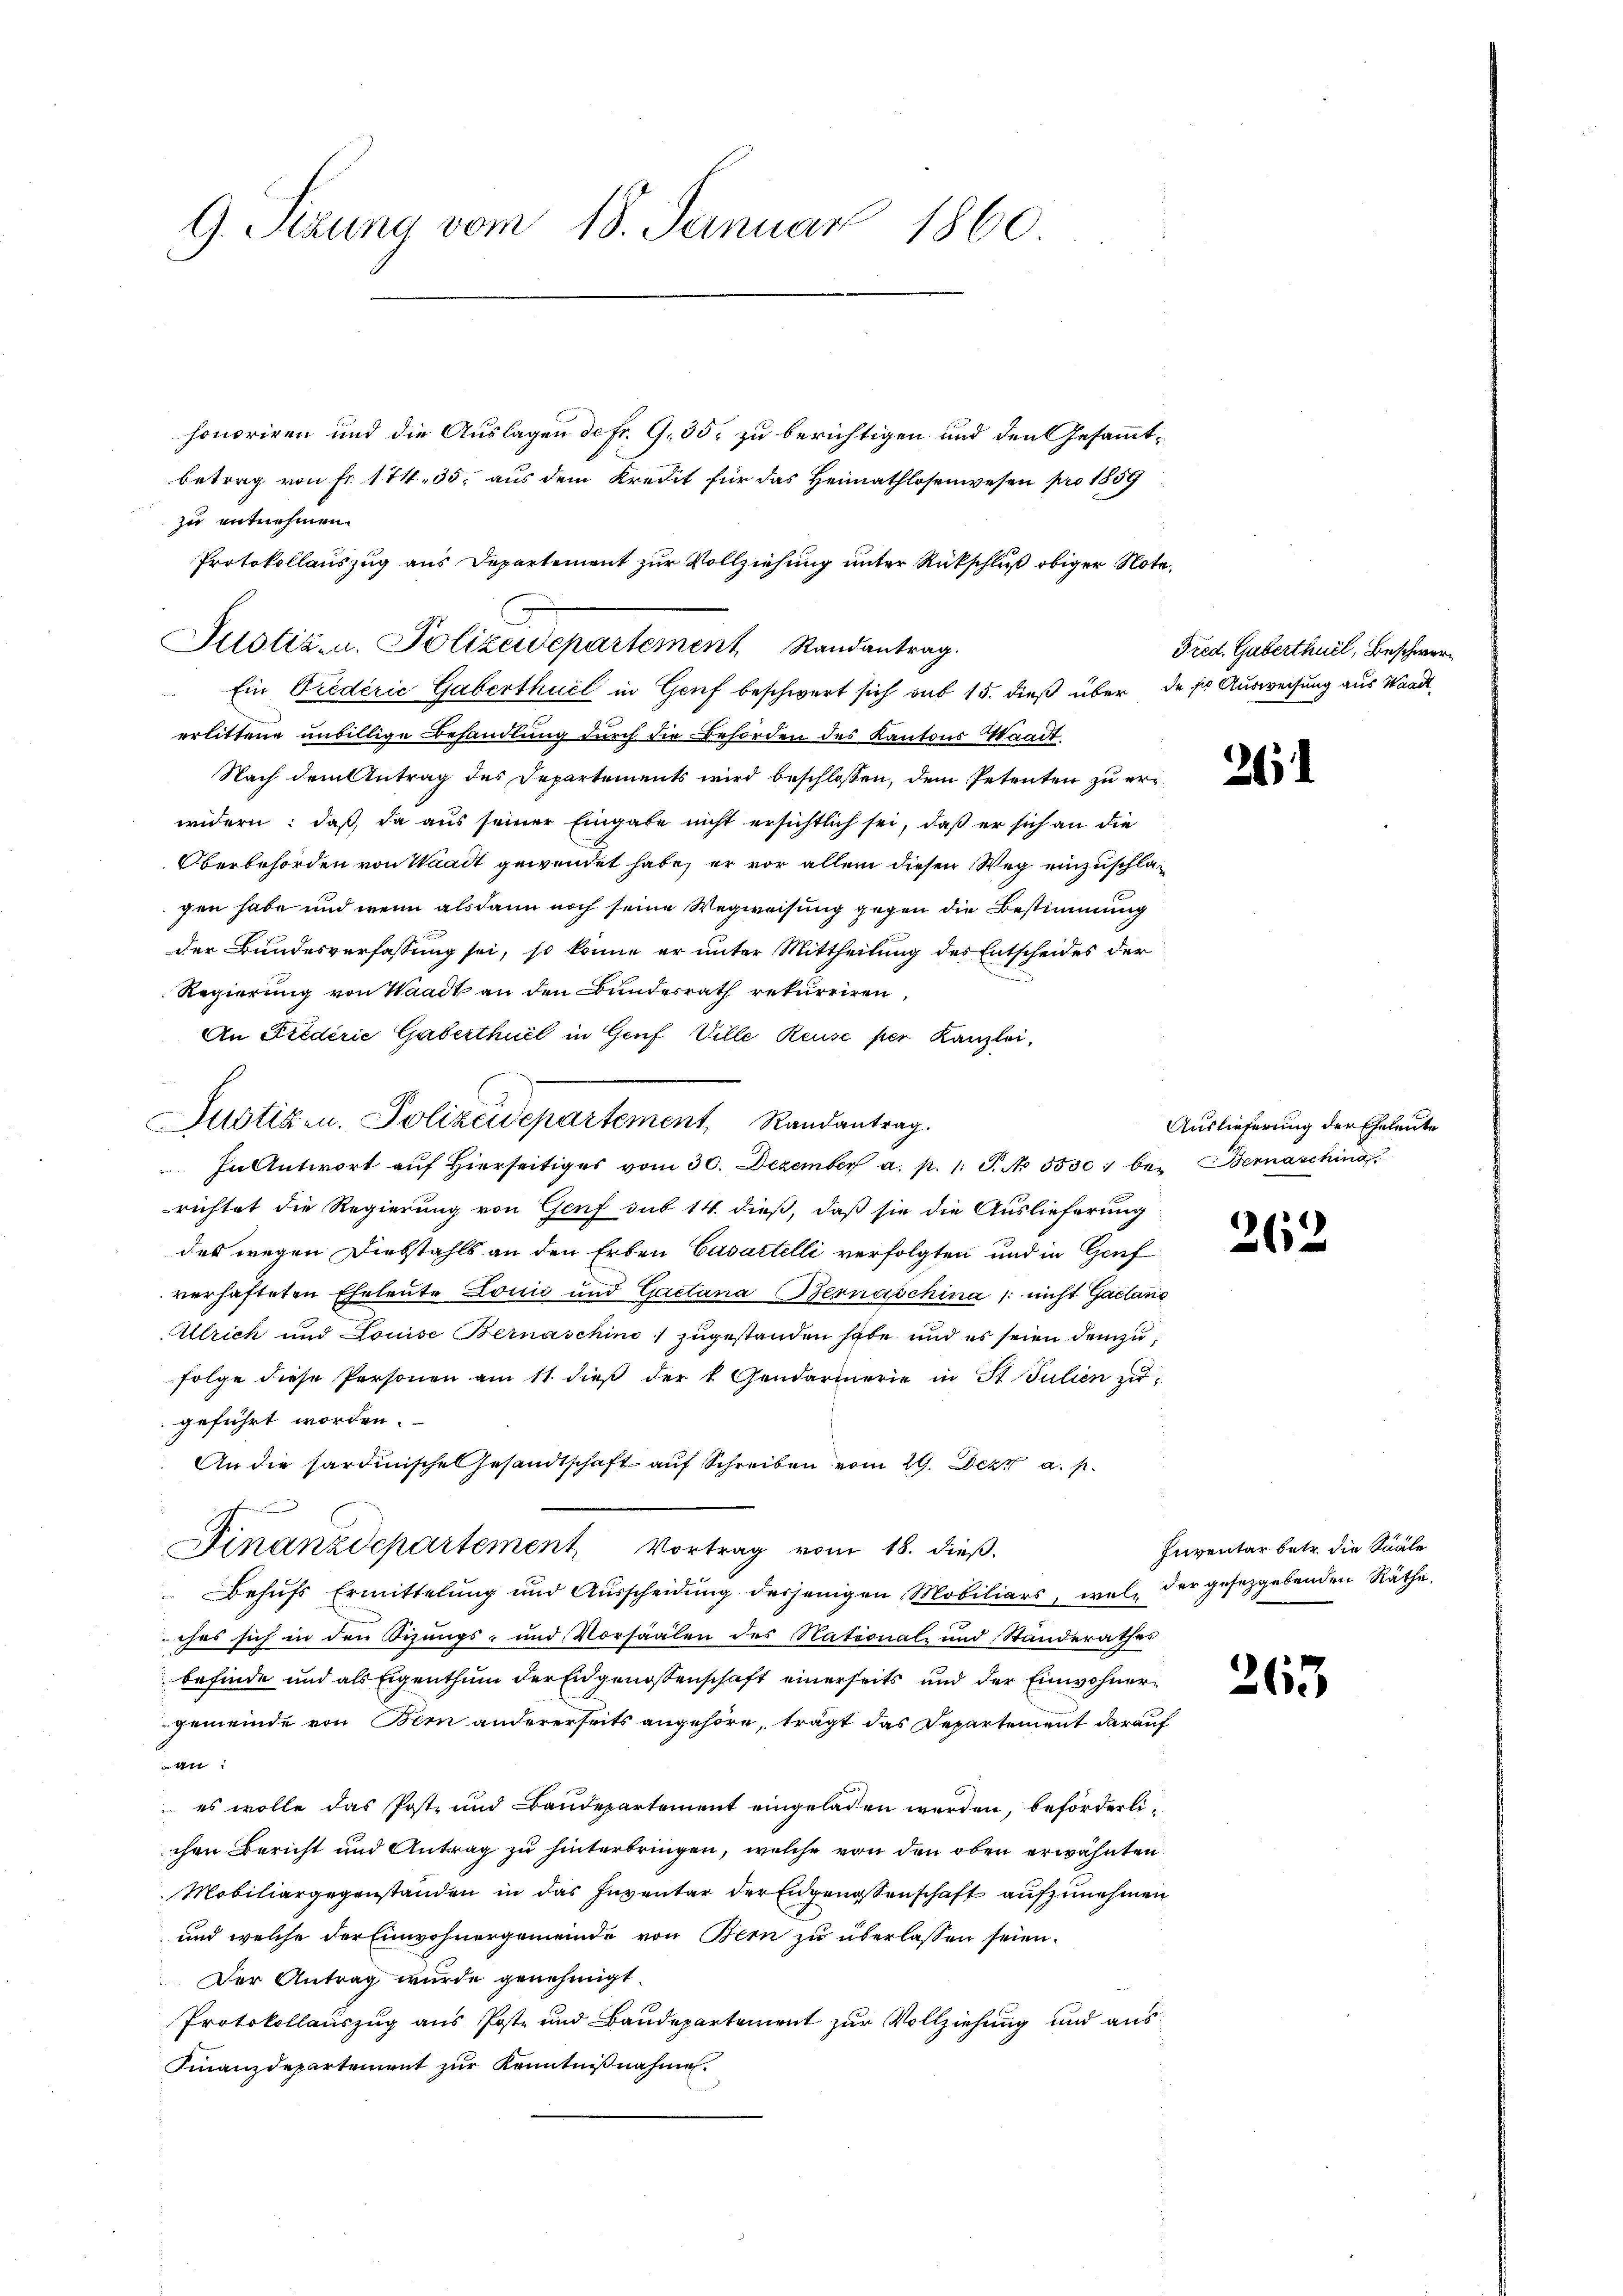
G. Sitzung vom 18. Januar 1860.

honoriren und die Auslagen de Fr. 9. 35. zu berichtigen und den Gesammtbetrag von Fr. 174, 35. aus dem Kredit für das Heimathlosenwesen pro 1859
Ein Piederić Gaberthuel in Genf beschwert sich sub 15. dieß über das Ausweisung aus Waadt
erlittene unbillige Behandlung durch die Behörden des Kantons Waadt
Nach dem Antrag des Departements wird beschlossen, dem Petenten zu erwidern: daß, da aus seiner Eingabe nicht ersichtlich sei, daß er sich an die
Oberbehörden von Waadt gewendet habe, er vor allem diesen Weg einzuschlagen habe und wenn alsdann noch seine Wegweisung gegen die Bestimmung
der Bundesverfassung sei, so könne er unter Mittheilung des Entscheides der
Regierung von Waadt an den Bundesrath rekurriren,
An Frederie Gaberthuel in Genf Ville Reuse per Kanzlei,
In Antwort auf hierseitiges vom 30. Dezember a. p. 1 S. No. 5530. bei Bernasching
richtet die Regierung von Genf sub 14. dieß, daß sie die Auslieferung
des wegen Diebstahls an den Erben Casartelli verfolgten und in Genf
verhafteten Eheleute Louis und Gaetana Bernaschina /: nicht Gaetano
Ulrich und Louise Bernaschino, zugestanden habe und es seien dem zufolge diese Personen am 11. dieβ der 4 Gendarmerie in St. Julien zi
geführt worden.
An die Sardinische Gesandtschaft aŭf Schreiben vom 29. Dez. a. p.
Finanzdepartement Vortrag vom 18. dieß.
Behŭfs Ermittelung und Aŭsscheidŭng derjenigen Mobiliars, wel der gesetzgebenden Räthe.
ehes sich in den Sizungs- und Vorsäälen des Nationalz und Standerathes
befinde und als Eigenthum der Eidgenossenschaft einerseits und der Einwohnergemeinde von Bern andererseits angehöre, trägt das Departement darauf
ben:
 es wolle das Post- und Baudepartement eingeladen werden, beförderlichen Bericht und Antrag zu hinterbringen, welche von den oben erwähnten
Mobiliargegenständen in das Inventar der Eidgenossenschaft aufzunehmen
und welche der Einwohnergemeinde von Bern zu überlassen seien.
Der Antrag wurde genehmigt.
Protokollauszug aus Poste und Baudepartement zur Vollziehung und aus
Finanzdepartement zur Kenntnißnahme.

zu entnehmen.
Protokollauszug aus Departement zur Vollziehung unter Rückschluß obiger Note.
Justizen. Polizeidepartement Randantrag.

Justizen. Polizeidepartement, Randantrag.

Fred. Gaberthuel, Beschwere

261

Auslieferung der Eheleute

262

Inventar betr. die Saale

263